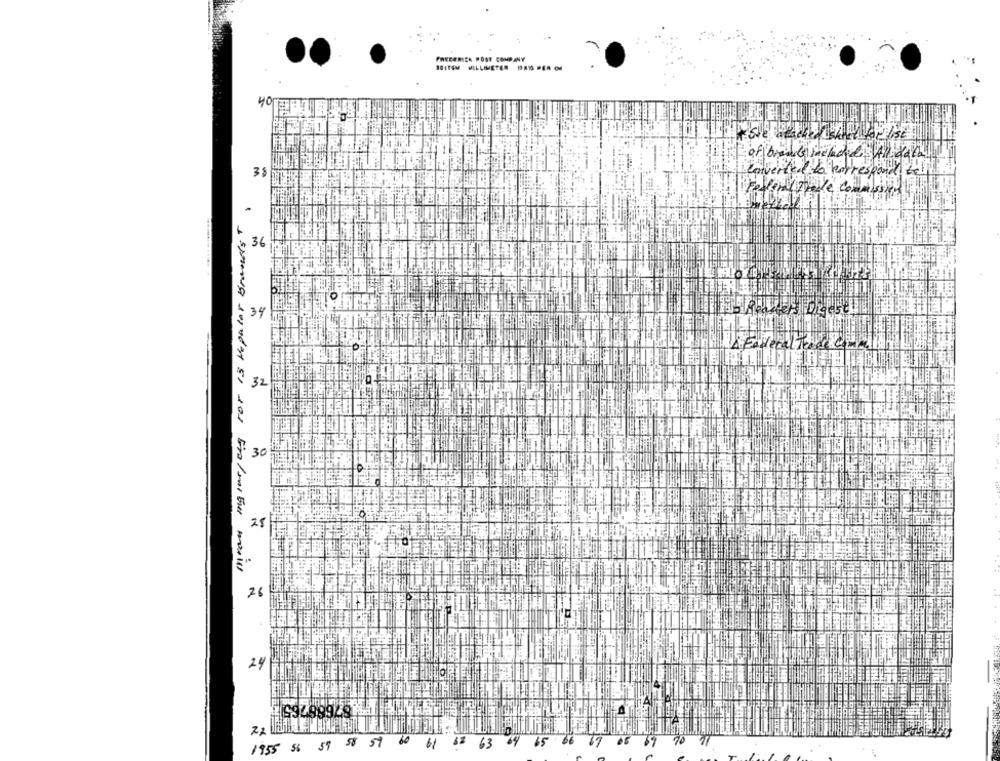
FREDERICK POST COMPANY
S01TEM MILLIMETER MAN PER OU
40
of brands include AZ dachy
3 $
converted to correspond wir
FederalTrade commission
36
34 H
Faireral Tende co
32
$ 30
1 suUNA SEINdeA SI JOS EVALMIEN
28
76
24
59 58 59
60
61
63
67
1955 56